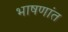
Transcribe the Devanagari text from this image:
भाषणांत